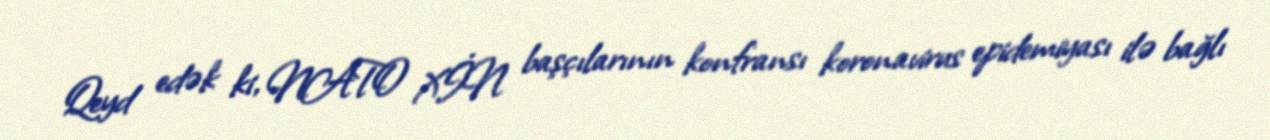
Qeyd edək ki, NATO XİN başçılarının konfransı koronavirus epidemiyası ilə bağlı